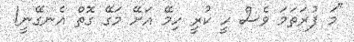
"މަ ފުރަތަމަ ވެސް ހީ ކުރީ ހިމޭ އަށޭ މަގޭ ގޮތް އެނގޭނީ!